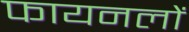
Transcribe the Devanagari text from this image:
फायनलों